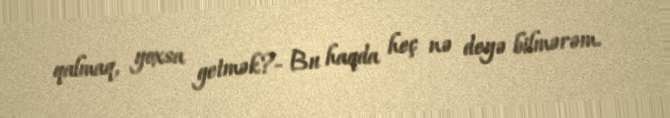
qalmaq, yoxsa getmək?- Bu haqda heç nə deyə bilmərəm.